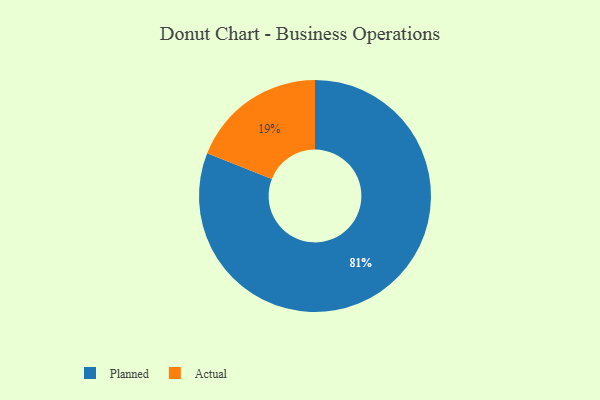
{"axis": {"x": "Category", "y": "Percentage"}, "legend": ["Actual", "Planned"], "data": [{"x": "Planned", "y": 81, "type": "Planned"}, {"x": "Actual", "y": 19, "type": "Actual"}]}